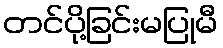
တင်ပို့ခြင်းမပြုမီ